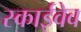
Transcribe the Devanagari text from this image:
स्काईवेव